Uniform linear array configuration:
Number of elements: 64
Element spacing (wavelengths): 0.5
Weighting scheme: hamming
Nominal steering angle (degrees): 30
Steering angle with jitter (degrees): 29.198
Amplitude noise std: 0.05
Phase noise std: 0.05

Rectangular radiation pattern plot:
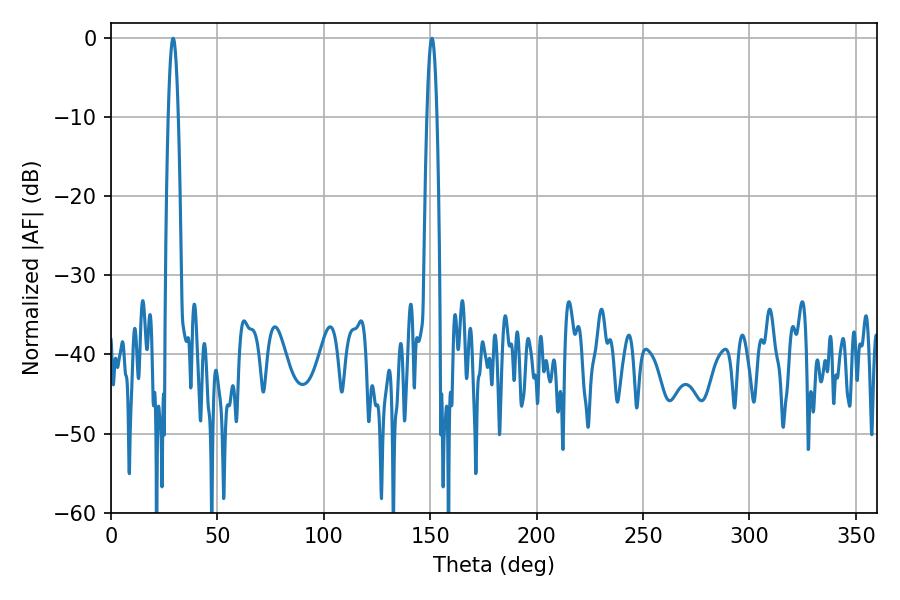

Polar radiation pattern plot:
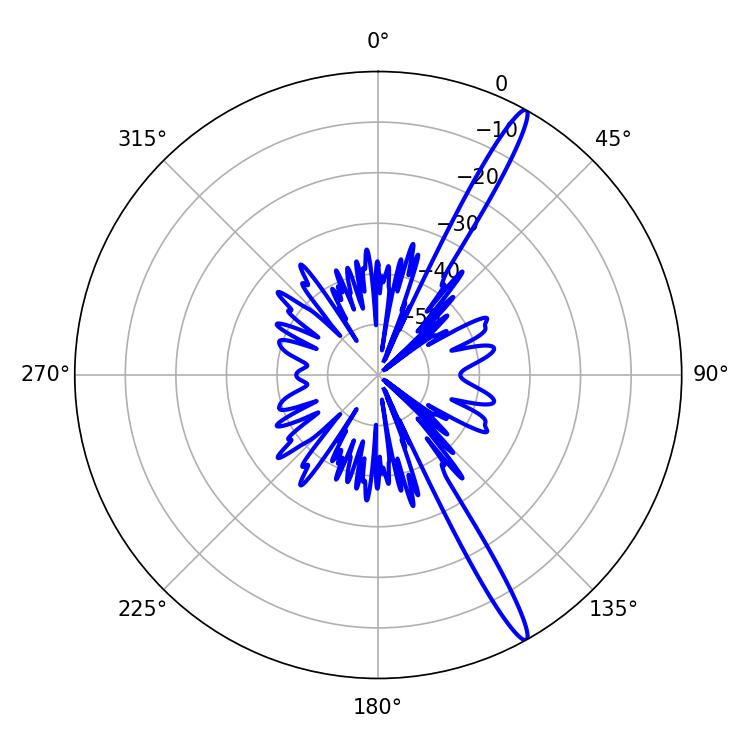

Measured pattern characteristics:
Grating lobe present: FALSE
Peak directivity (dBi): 16.165
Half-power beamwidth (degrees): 2.52
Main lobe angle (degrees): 29.16